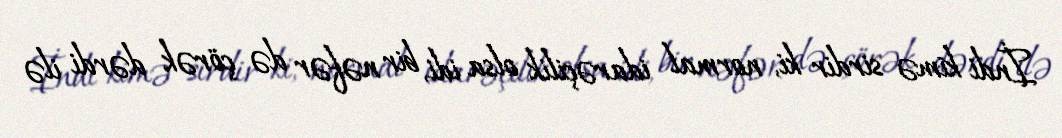
İndi kimə sirdir ki, normal idarəçilik olsa idi, bir nəfər də çörək dərdi ilə